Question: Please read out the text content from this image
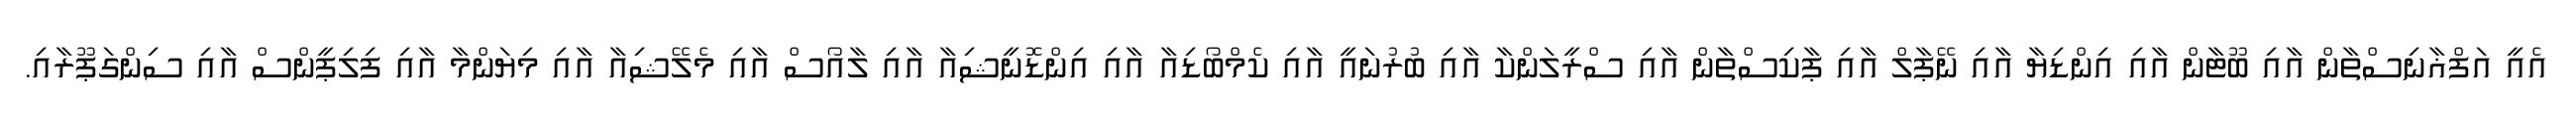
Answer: އެއީ އަފްޣާނިސްތާން އާއި ބޫޓާން އާއި އިންޑިޔާ އާއި ނޭޕާލް އާއި ޕާކިސްތާން އާއި ސްރީލަންކާ އާއި ބުރުނައީ އާއި ކެމްބޯޑިއާ އާއި އިންޑޮނީޝިއާ އާއި ލާއޯސް އާއި މެލޭޝިއާ އާއި މިޔަންމާ އާއި ފިލިޕީންސް އާއި ސިންގަޕޫރާއި.